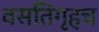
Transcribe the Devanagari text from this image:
वसतिगृहच